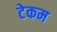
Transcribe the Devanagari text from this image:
टेकम